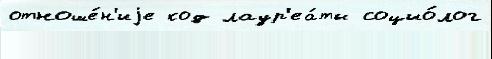
отноше́н'иjе код лаур'еа́ты социо́лог